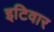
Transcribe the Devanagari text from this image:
इटिवार